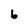
Character: b